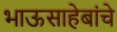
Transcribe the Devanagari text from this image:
भाऊसाहेबांचे